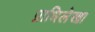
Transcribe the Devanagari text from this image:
प्राधिलेखा